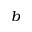
b